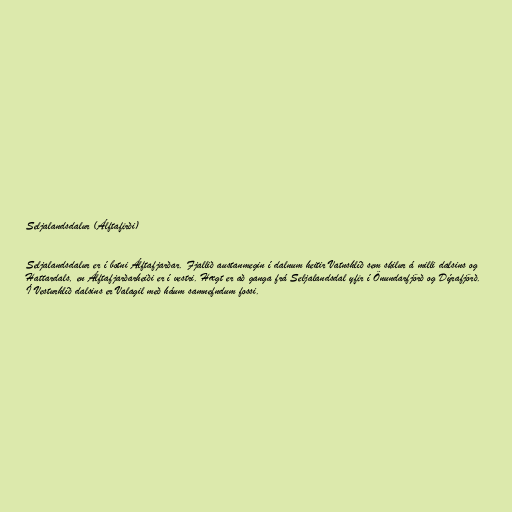
Seljalandsdalur (Álftafirði)

Seljalandsdalur er í botni Álftafjarðar. Fjallið austanmegin í dalnum heitir Vatnshlíð sem skilur á milli dalsins og
Hattardals, en Álftafjarðarheiði er í vestri. Hægt er að ganga frá Seljalandsdal yfir í Önundarfjörð og Dýrafjörð.
Í Vesturhlíð dalsins er Valagil með háum samnefndum fossi.